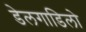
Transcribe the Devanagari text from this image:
डेलगाडिलो